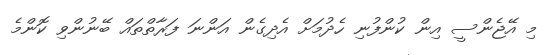
މި އޭޖެންސީ އިން ކުންފުނި ހެދުމަށް އެދިގެން އަންނަ ފަރާތްތައް ބޭނުންވި ކޮންމެ